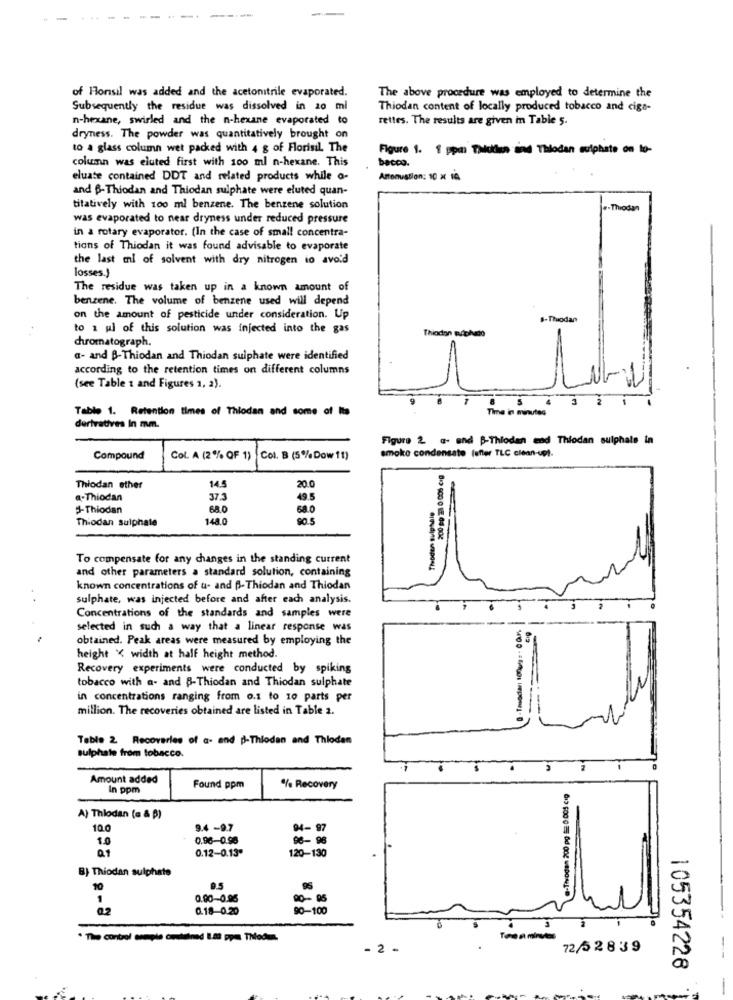
of Honsil was added and the acetonitrile evaporated.
The above procedure was employed to determine the
Subsequently the residue was dissolved in 20 ml
Thiodan content of locally produced tobacco and ciga-
n-hexane, swirled and the n-hexane evaporated to
rettes. The results are given in Table 5.
dryness. The powder was quantitatively brought on
to a glass column wet packed with 4 g of Florisil. The
Figure 1. 8 ppal Theolen ind Thlodan sulphate on to-
column was eluted first with 100 ml n-hexane. This
becco.
eluate contained DDT and related products while o-
Attenuation: 10 x 10
and B-Thiodan and Thiodan sulphate were eluted quan-
titatively with 100 ml benzene. The benzene solution
.. Thiodan
was evaporated to near dryness under reduced pressure
in a rotary evaporator. (In the case of small concentra-
tions of Thiodan it was found advisable to evaporate
the last ml of solvent with dry nitrogen to avoid
losses.}
The residue was taken up in a known amount of
benzene. The volume of benzene used will depend
on the amount of pesticide under consideration. Up
8-Thiodan
to 1 ul of this solution was injected into the gas
Thiodon Buriphato
chromatograph.
a- and B-Thiodan and Thiodan sulphate were identified
according to the retention times on different columns
(see Table 1 and Figures 1, 2).
8
5
2
Tablo 1. Retention times of Thiodan and some of Its
Time in minutes
derivatives In mm.
Figure 2 - and P-Thiodan and Thiodan sulphate in
smoke condensate (after TLC clean-up).
Compound
Col. A (2% OF 1) |Col. B (5%Dow 11)
20.0
Thiodan ether
14.5
a-Thiodan
37.3
49.5
3-Thiodan
68.0
68.0
Thiodan sulphate
148.0
90.5
----
To compensate for any changes in the standing current
and other parameters a standard solution, containing
known concentrations of u- and B-Thiodan and Thiodan
sulphate, was injected before and after each analysis.
Concentrations of the standards and samples were
selected in such a way that a linear response was
0 -Tasociar: 100um = - COUM.
obtained. Peak areas were measured by employing the
height < width at half height method.
Recovery experiments were conducted by spiking
tobacco with a- and B-Thiodan and Thiodan sulphate
in concentrations ranging from 0.1 to 10 parts per
million. The recoveries obtained are listed in Table a.
---
Table 2 Recoveries of a- and p-Thiodan and Thioden
sulphate from tobacco.
Amount added
In ppm
Found ppm
% Recovery
A) Thlodan (a & B)
10.0
9.4 -9.7
04-97
1.0
0.96-0.98
96-96
0.12-0.13ª
120-130
B) Thiodan sulphate
10
9.5
1
0.00-0.95
90 -- 95
02
0.18-0.20
90-100
* The control armpie contained 1.da ppes Thlodann.
2
72/52839
--
105354228
-